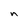
Character: n